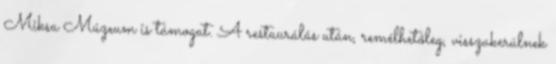
Miksa Múzeum is támogat. A restaurálás után, remélhetőleg, visszakerülnek